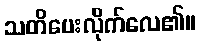
သတိပေးလိုက်လေ၏။